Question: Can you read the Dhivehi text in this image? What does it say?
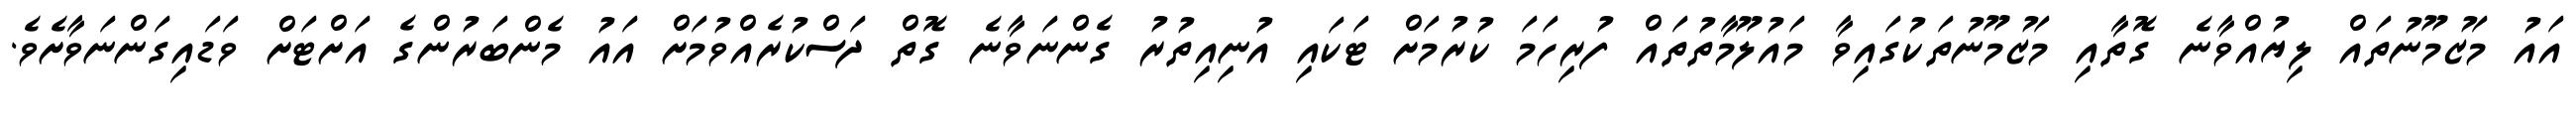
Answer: އައު މަޒުމޫނުތައް ލިޔުއްވާނެ ގޮތާއި މަޒުމޫނުތަކުގައިވާ މައުލޫމާތުތައް ފުރިހަމަ ކުރުމަށް ޓަކައި އުނިއިތުރު ގެންނަވާނެ ގޮތް ދަސްކުރެއްވުމަށް އައު މެންބަރުންގެ އަށްޓަށް ވަޑައިގަންނަވާށެވެ.